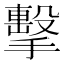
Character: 擊